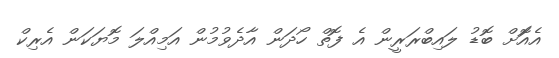
އެއޮަށް ބޮޑު ލައިބްރަރީން އެ ފޮތް ހޯދަން އާދެވުމުން އަމިއްލަ މޮޔަކަން އެރިކް